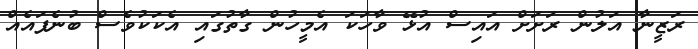
ރަޒީނާ އަލުން ރަށަށް އައިސް އުޅޭ ވާހަކަ އެމީހުން ގާތުގައި އެކަކުވެސް ބުނެފައެއް